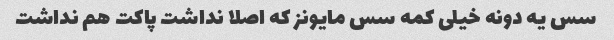
سس یه دونه خیلی کمه سس مایونز که اصلا نداشت پاکت هم نداشت